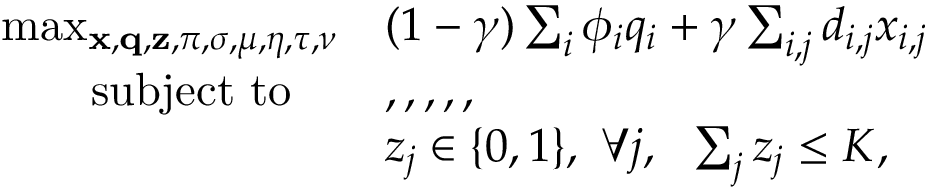
\begin{array} { r l } { \operatorname* { m a x } _ { { \mathbf { x } } , { \mathbf { q } } , { \mathbf { z } } , \pi , \sigma , \mu , \eta , \tau , \nu } } & { ( 1 - \gamma ) \sum _ { i } \phi _ { i } q _ { i } + \gamma \sum _ { i , j } d _ { i , j } x _ { i , j } } \\ { \mathrm { s u b j e c t ~ t o } ~ ~ ~ } & { , , , , , } \\ & { z _ { j } \in \{ 0 , 1 \} , ~ \forall j , ~ ~ \sum _ { j } z _ { j } \leq K , } \end{array}